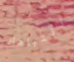
انتباهك